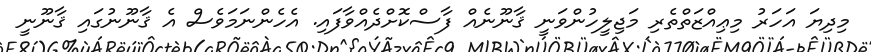
މިދިޔަ އަހަރު މިޢިއްޒަތްތެރި މަޖިލީހުންވަނީ ޤާނޫނެއް ފާސްކޮށްދެއްވާފައި. އެހެންނަމަވެސް އެ ޤާނޫނުގައި ޤާނޫނީ